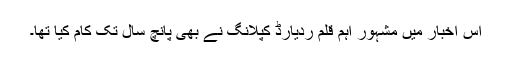
اس اخبار میں مشہور اہم قلم ردیارڈ کپلانگ نے بھی پانچ سال تک کام کیا تھا۔